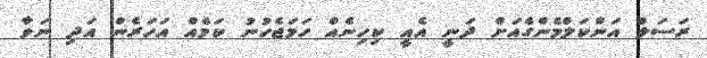
ރަސަލް އަންކަލްމެންގެއަށް ދަނީ އެއީ ކިހިނެއް ހަމަޖެހުނު ކަމެއް އަހަރެން އަދި ނަވާ